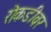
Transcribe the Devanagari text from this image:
रोकडीवर